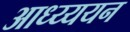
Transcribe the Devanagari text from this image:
आध्य्ययन